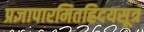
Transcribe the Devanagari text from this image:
प्रज्ञापारमितह्रिदयसूत्र